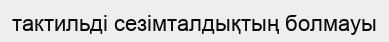
тактильді сезімталдықтың болмауы